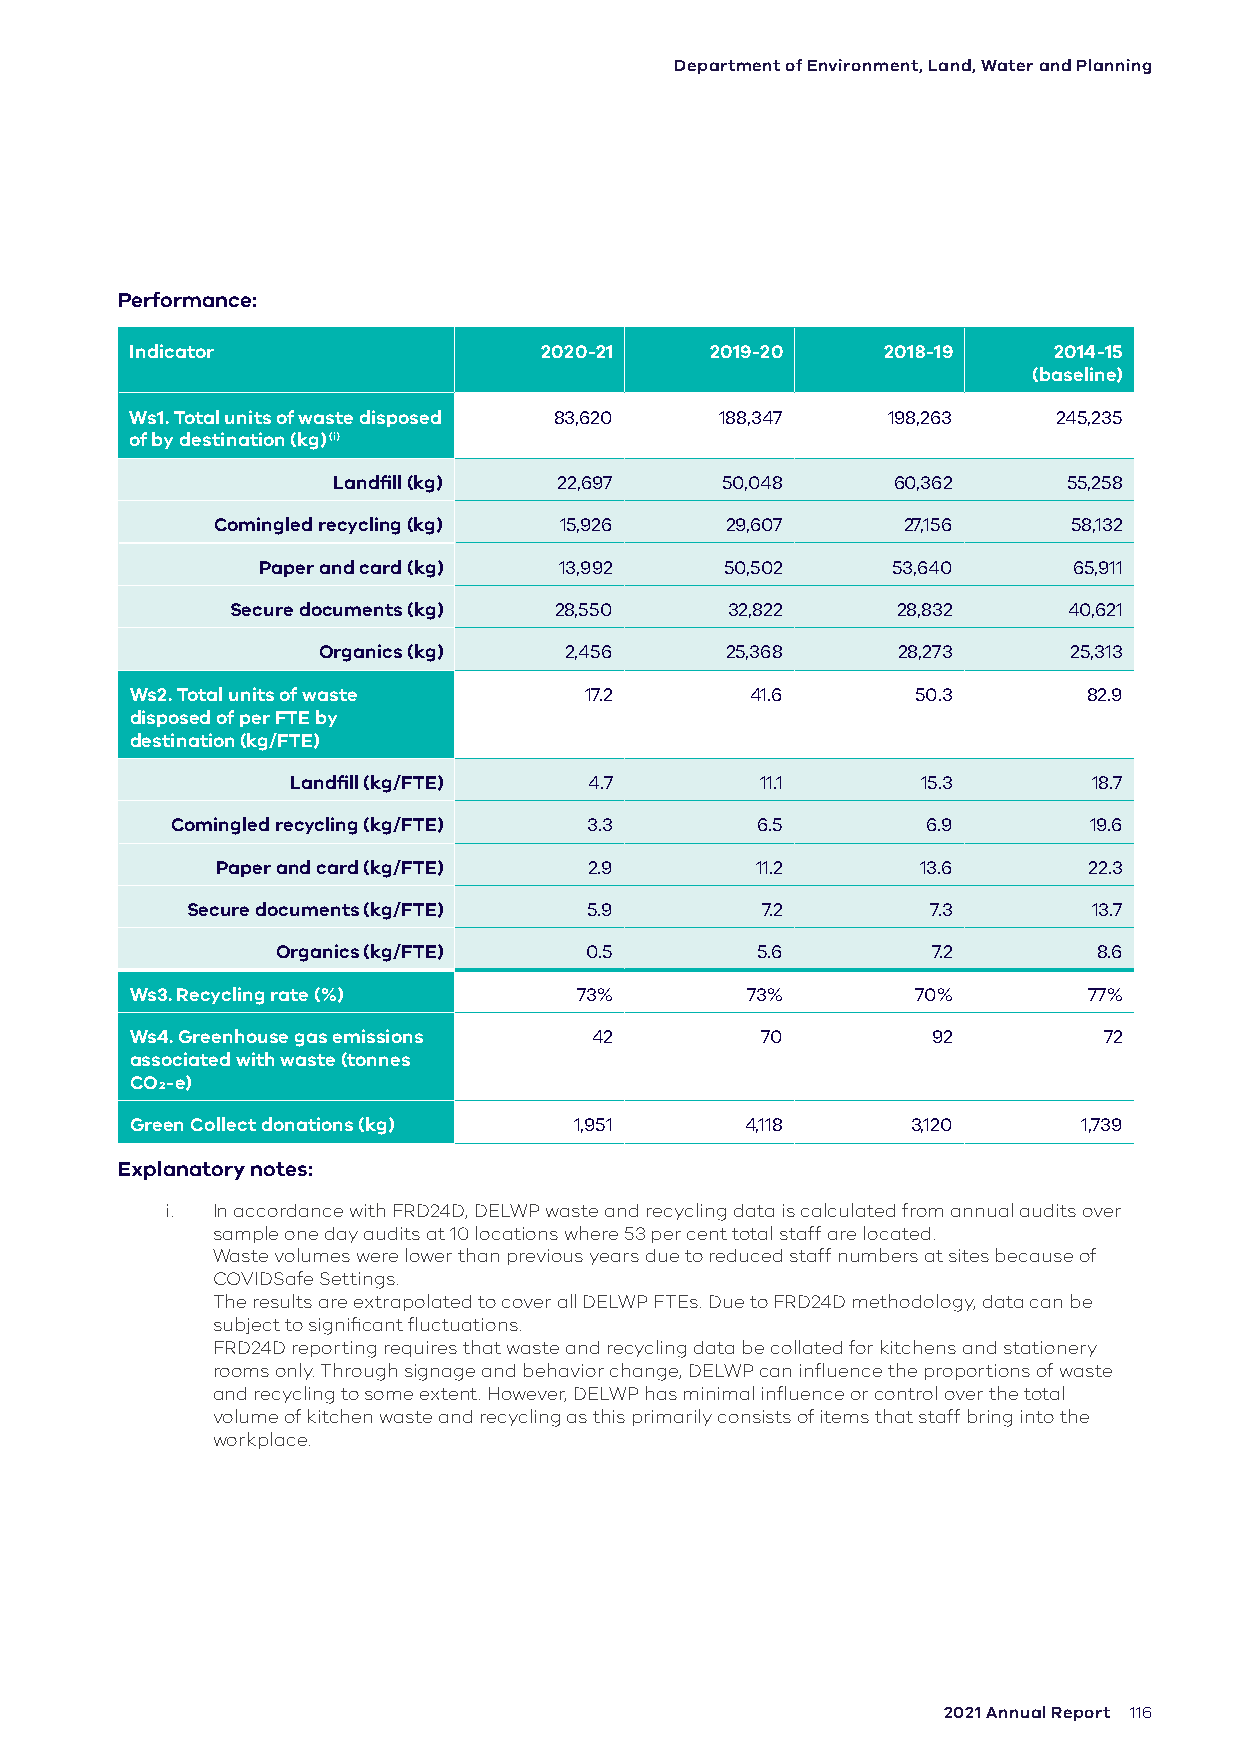
Department of Environment, Land, Water and Planning
 Performance:
 Indicator                  2020-21    2019-20    2018-19     2014-15
 (baseline)
 Ws1. Total units of waste disposed 83,620 188,347 198,263    245,235
 of by destination (kg) (i)
 Landfill (kg)  22,697     50,048     60,362      55,258
 Comingled recycling (kg) 15,926   29,607      27,156     58,132
 Paper and card (kg) 13,992     50,502     53,640      65,911
 Secure documents (kg) 28,550     32,822     28,832      40,621
 Organics (kg)   2,456      25,368     28,273      25,313
 Ws2. Total units of waste     17.2       41.6       50.3       82.9
 disposed of per FTE by
 destination (kg/FTE)
 Landfill (kg/FTE)   4.7        11.1       15.3       18.7
 Comingled recycling (kg/FTE) 3.3       6.5        6.9        19.6
 Paper and card (kg/FTE)  2.9        11.2       13.6       22.3
 Secure documents (kg/FTE)  5.9        7.2         7.3       13.7
 Organics (kg/FTE)    0.5        5.6         7.2        8.6
 Ws3. Recycling rate (%)      73%        73%         70%        77%
 Ws4. Greenhouse gas emissions 42         70          92         72
 associated with waste (tonnes
 CO2-e)
 Green Collect donations (kg) 1,951      4,118      3,120       1,739
 Explanatory notes:
 i. In accordance with FRD24D, DELWP waste and recycling data is calculated from annual audits over
 sample one day audits at 10 locations where 53 per cent total staff are located.
 Waste volumes were lower than previous years due to reduced staff numbers at sites because of
 COVIDSafe Settings.
 The results are extrapolated to cover all DELWP FTEs. Due to FRD24D methodology, data can be
 subject to significant fluctuations.
 FRD24D reporting requires that waste and recycling data be collated for kitchens and stationery
 rooms only. Through signage and behavior change, DELWP can influence the proportions of waste
 and recycling to some extent. However, DELWP has minimal influence or control over the total
 volume of kitchen waste and recycling as this primarily consists of items that staff bring into the
 workplace.
 2021 Annual Report 116